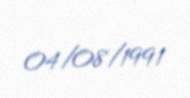
04/08/1991